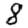
Digit: 8